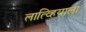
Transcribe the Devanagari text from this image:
लात्व्हियाला